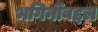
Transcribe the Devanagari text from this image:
भगिनींबद्दल